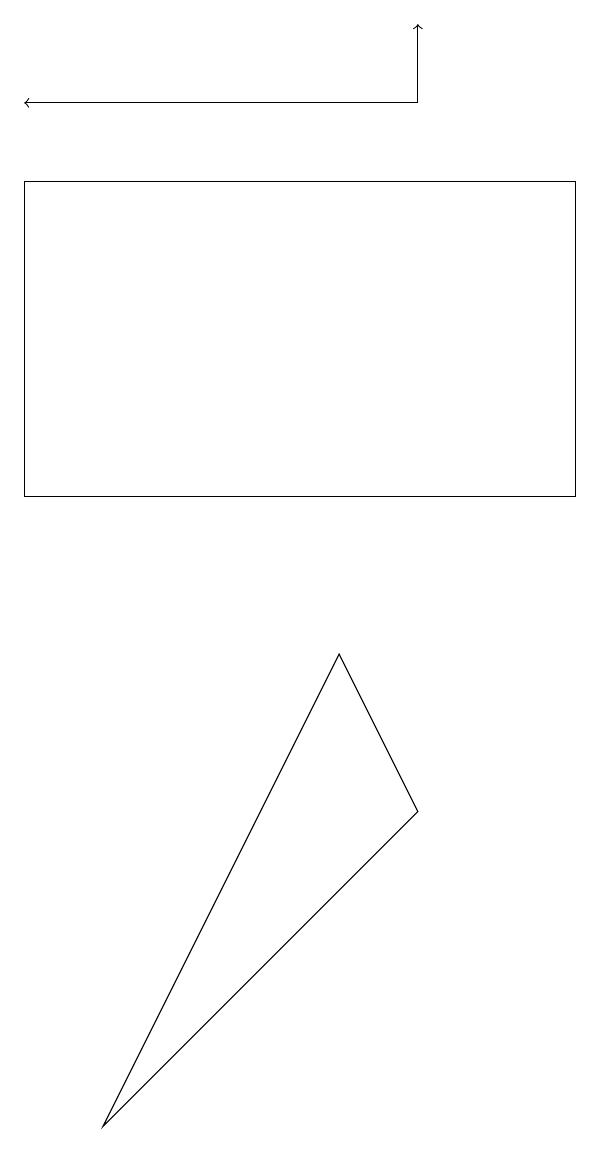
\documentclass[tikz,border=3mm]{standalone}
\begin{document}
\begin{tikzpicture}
\draw[->] (7,16) -- (7,17);
\draw (3,3) -- (7,7) -- (6,9) -- cycle;
\draw (2,11) rectangle (9,15);
\draw[->] (7,16) -- (2,16);
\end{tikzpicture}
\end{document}